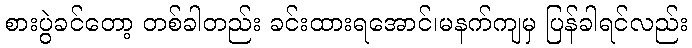
စားပွဲခင်တော့ တစ်ခါတည်း ခင်းထားရအောင်၊မနက်ကျမှ ပြန်ခါရင်လည်း